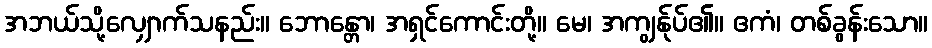
အဘယ်သို့လျှောက်သနည်း။ ဘောန္တော၊ အရှင်ကောင်းတို့။ မေ၊ အကျွန်ုပ်၏။ ဧကံ၊ တစ်ခွန်းသော။